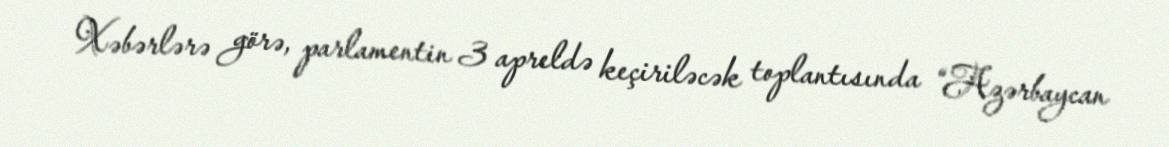
Xəbərlərə görə, parlamentin 3 apreldə keçiriləcək toplantısında “Azərbaycan